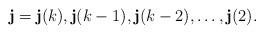
LaTeX: \begin{align*}\mathbf{j}= \mathbf{j}(k), \mathbf{j}({k-1}), \mathbf{j}({k-2}), \ldots, \mathbf{j}(2).\end{align*}